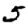
Digit: 5